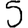
Digit: 5